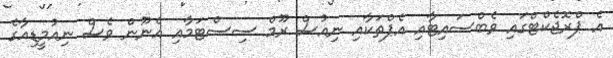
އެ ޕްރޮޖެކްޓްގައި ވެބްސައިޓާއި އެޕްތަކާއި ނިއުސް ރޫމް ސިސްޓަމާއި އެނޫން ވެސް ނިއުމީޑިއާގެ